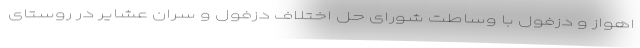
اهواز و دزفول با وساطت شورای حل اختلاف دزفول و سران عشایر در روستای